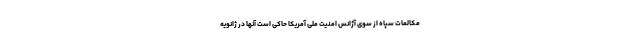
مکالمات سپاه از سوی آژانس امنیت ملی آمریکا حاکی است آنها در ژانویه